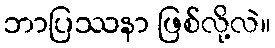
ဘာပြဿနာ ဖြစ်လို့လဲ။